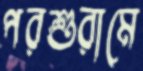
পরশুরামে